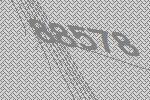
88578